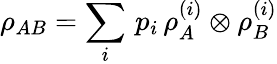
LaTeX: \rho_{AB}=\sum_{i}\, p_{i}\, \rho_{A}^{(i)}\otimes\rho_{B}^{(i)}